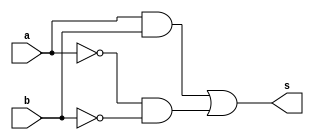
// --------------------------
// Exemplo0012 - XNOR
// Nome: Isabel Bicalho Amaro
// --------------------------
 

// --------------------------
// -- xnor gate
// --------------------------
  module xnorgate(output s, input a,b);
     assign s=(a&b)|(~a&~b);
  endmodule // xnorgate  
  
  
// --------------------------
// -- test xnor gate
// --------------------------
  module testxnorgate;
  

// -------------------------- dados locais
  reg  a,b;
  wire s;
  
  
// -------------------------- instancia
  xnorgate XNOR(s,a,b);
  

// -------------------------- preparacao
  initial begin:start
    a=0; b=0;
  end
  

// -------------------------- parte principal
  initial begin:main
        $display("Exemplo0012 - Isabel Bicalho Amaro - 451580");
        $display("Test xnor gate");
        $display("\na  (a&b)|(~a&~b)  b  =  s\n");
		  $monitor("%b  (a&b)|(~a&~b)  %b  =  %b",a,b,s);
  #1 a=0; b=0;              
  #1 a=0; b=1;
  #1 a=1; b=0;
  #1 a=1; b=1;
  end
  
endmodule // testxnorgate

 // -------------------
 // -- Testes
 // -------------------
 
// --    Exemplo0012 - Isabel Bicalho Amaro - 451580
// --    Test xnor gate
// --    
// --    a  (a&b)|(~a&~b)  b  =  s
// --    
// --    0  (a&b)|(~a&~b)  0  =  1
// --    0  (a&b)|(~a&~b)  1  =  0
// --    1  (a&b)|(~a&~b)  0  =  0
// --    1  (a&b)|(~a&~b)  1  =  1